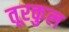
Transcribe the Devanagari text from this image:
तूरकुल